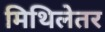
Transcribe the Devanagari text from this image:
मिथिलेतर